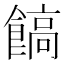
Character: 𩝝